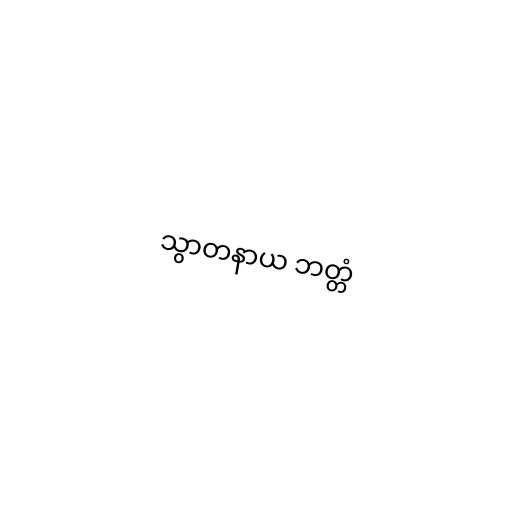
သွာတနာယ ဘတ္တံ